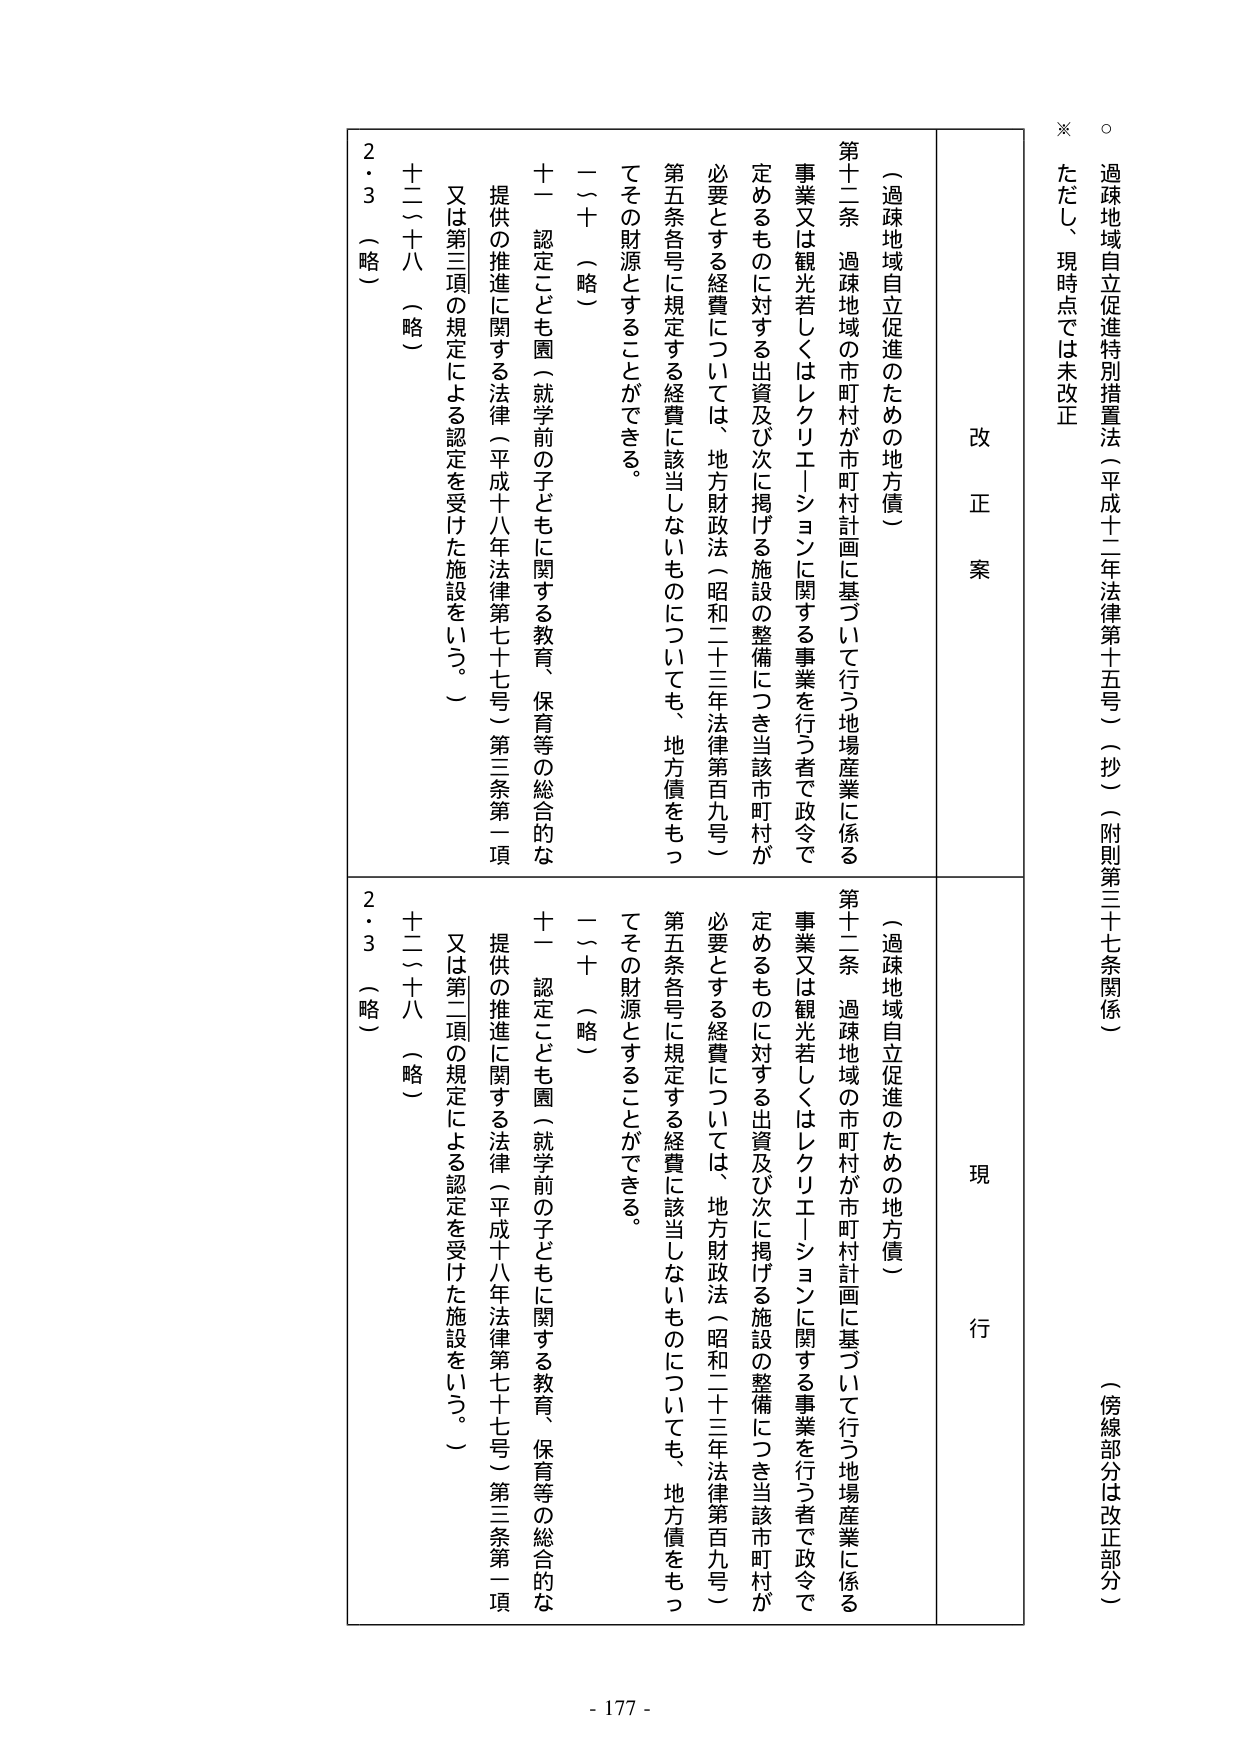
○ 過疎地域自立促進特別措置法（平成十二年法律第十五号）（抄）（附則第三十七条関係）
（傍線部分は改正部分）

※ ただし、現時点では未改正

改 正 案

（過疎地域自立促進のための地方債）

第十二条 過疎地域の市町村が市町村計画に基づいて行う地場産業に係る
事業又は観光若しくはレクリエーションに関する事業を行う者で政令で
定めるものに対する出資及び次に掲げる施設の整備につき当該市町村が
必要とする経費については、地方財政法（昭和二十三年法律第百九号）
第五条各号に規定する経費に該当しないものについても、地方債をもっ
てその財源とすることができる。

一～十 （略）
十一 認定こども園（就学前の子どもに関する教育、保育等の総合的な
提供の推進に関する法律（平成十八年法律第七十七号）第三条第一項
又は第三項の規定による認定を受けた施設をいう。）
十二～十八 （略）
２・３ （略）

現 行

（過疎地域自立促進のための地方債）

第十二条 過疎地域の市町村が市町村計画に基づいて行う地場産業に係る
事業又は観光若しくはレクリエーションに関する事業を行う者で政令で
定めるものに対する出資及び次に掲げる施設の整備につき当該市町村が
必要とする経費については、地方財政法（昭和二十三年法律第百九号）
第五条各号に規定する経費に該当しないものについても、地方債をもっ
てその財源とすることができる。

一～十 （略）
十一 認定こども園（就学前の子どもに関する教育、保育等の総合的な
提供の推進に関する法律（平成十八年法律第七十七号）第三条第一項
又は第二項の規定による認定を受けた施設をいう。）
十二～十八 （略）
２・３ （略）

- 177 -